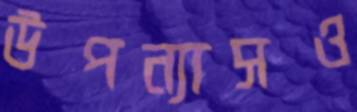
উপন্যাসও